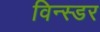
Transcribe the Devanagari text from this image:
विन्स्डर